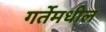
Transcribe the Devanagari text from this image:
गर्तेमधील